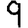
Digit: 9